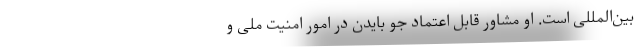
بین‌المللی است. او مشاور قابل اعتماد جو بایدن در امور امنیت ملی و